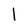
Character: l